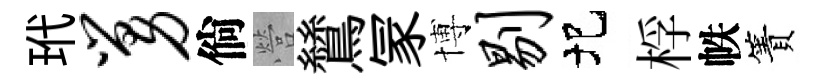
玳舅倘營鷥冡博剔圯桴帙簀